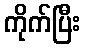
ကိုက်ပြီး